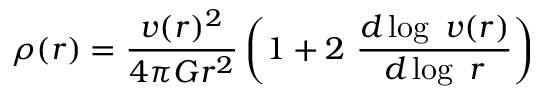
\rho ( r ) = { \frac { v ( r ) ^ { 2 } } { 4 \pi G r ^ { 2 } } } \left( 1 + 2 ~ { \frac { d \log ~ v ( r ) } { d \log ~ r } } \right)